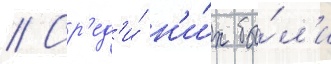
// Ср'ед'и́ н'и́х бы́л'и